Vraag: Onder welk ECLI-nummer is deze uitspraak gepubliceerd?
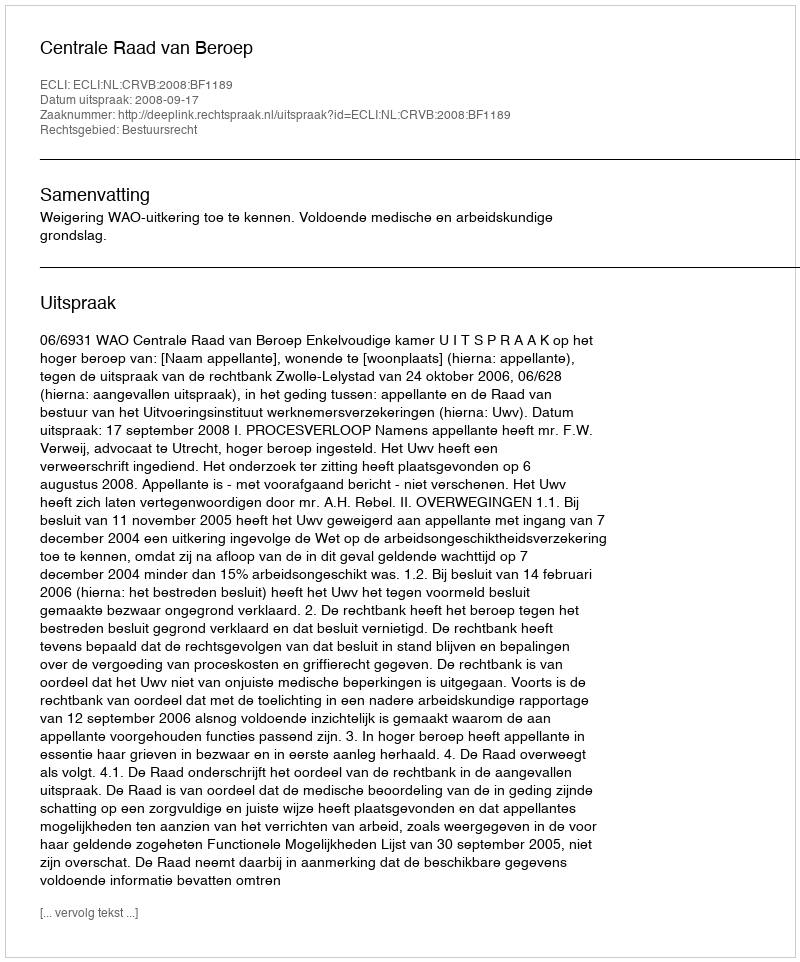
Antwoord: ECLI:NL:CRVB:2008:BF1189